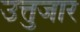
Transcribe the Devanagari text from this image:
उत्तुजार